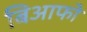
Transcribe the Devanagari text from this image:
बिआफो